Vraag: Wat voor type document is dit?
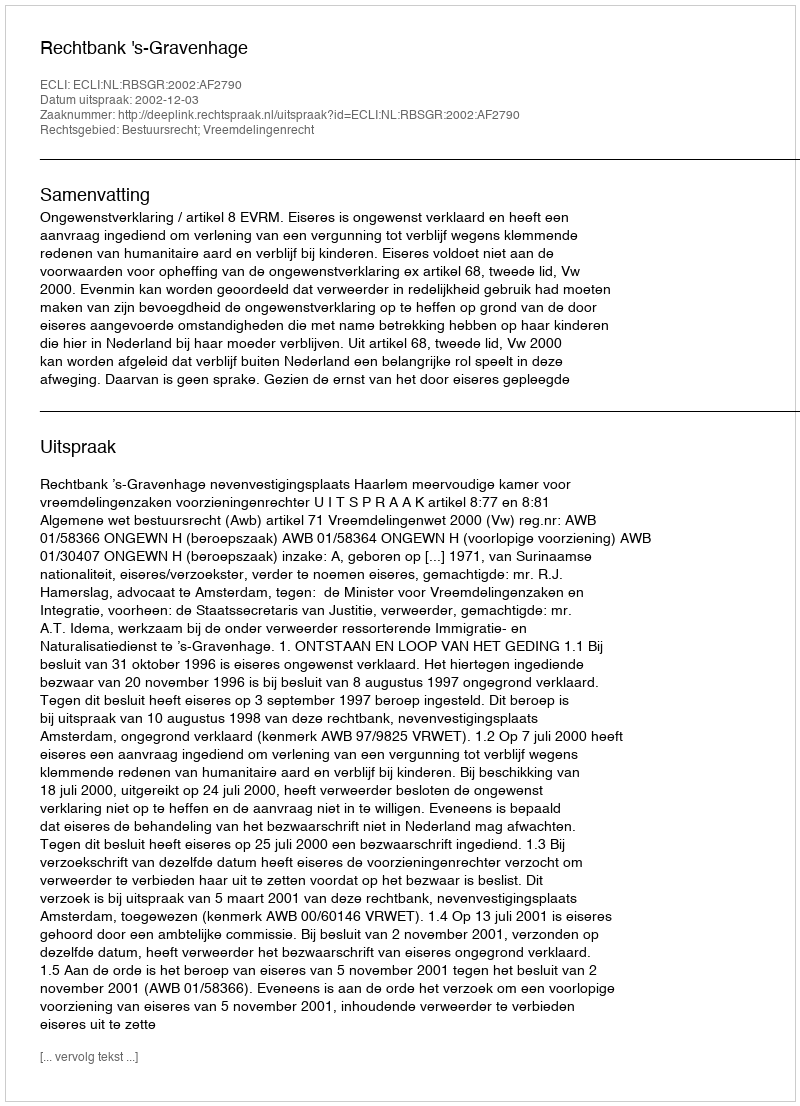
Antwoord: Uitspraak